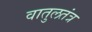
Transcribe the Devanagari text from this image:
वातुलतंत्र